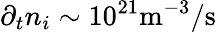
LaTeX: \partial_{t}n_{i}\sim 10^{21}\mathrm{m^{-3}/s}